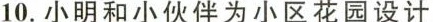
10.小明和小伙伴为小区花园设计